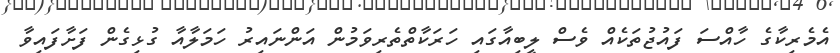
އެމެރިކާގެ ހާއްސަ ފައުޖުތަކެއް ވެސް ލީބިއާގައި ހަރަކާތްތެރިވަމުން އަންނައިރު ހަމަލާއާ ގުޅިގެން ފަށާފައިވާ